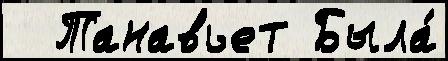
  Танавьет Была́